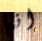
انها